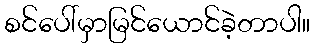
စင်ပေါ်မှာမြင်ယောင်ခဲ့တာပါ။